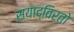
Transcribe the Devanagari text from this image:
स्याद्विरतो